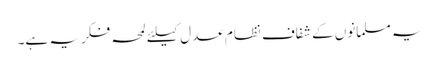
یہ مسلمانوں کے شفاف نظام عدل کیلئے لمحہ فکریہ ہے۔